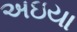
અઇયા